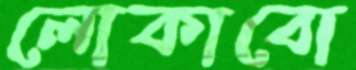
লোকাবো